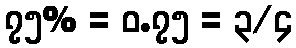
၇၅% = ၀.၇၅ = ၃/၄